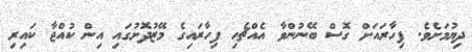
ދިޔުމަށެވެ. ފިހާރައަށް ގޮސް ބޭނުންވާ އެއްޗެހި ފިހާރައިގެ މޭޒުދޮށުގައި އިން ކުއްޖާ ކައިރި